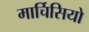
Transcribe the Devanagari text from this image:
मार्चिसियो